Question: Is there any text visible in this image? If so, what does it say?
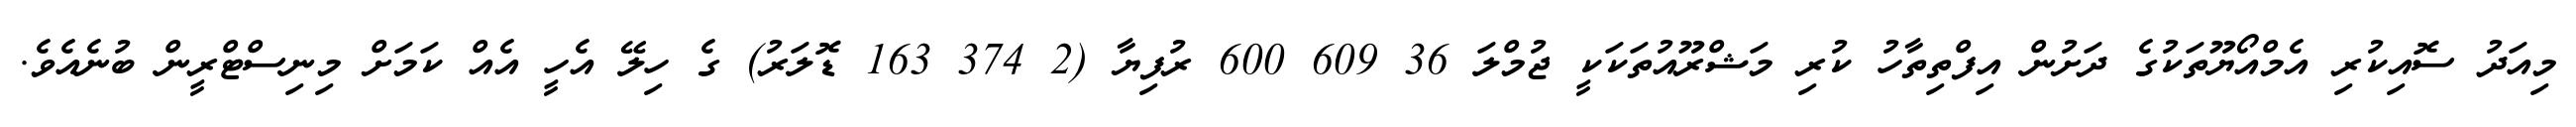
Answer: މިއަދު ސޮއިކުރި އެމްއޯޔޫތަކުގެ ދަށުން އިފްތިތާހު ކުރި މަޝްރޫއުތަކަކީ ޖުމްލަ 36 609 600 ރުފިޔާ (2 374 163 ޑޮލަރު) ގެ ހިލޭ އެހީ އެއް ކަމަށް މިނިސްޓްރީން ބުނެއެވެ.